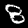
Digit: 8